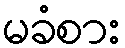
မခံစား